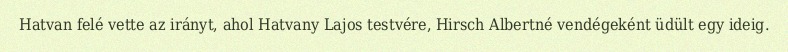
Hatvan felé vette az irányt, ahol Hatvany Lajos testvére, Hirsch Albertné vendégeként üdült egy ideig.